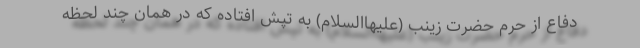
دفاع از حرم حضرت زینب (علیهاالسلام) به تپش افتاده که در همان چند لحظه